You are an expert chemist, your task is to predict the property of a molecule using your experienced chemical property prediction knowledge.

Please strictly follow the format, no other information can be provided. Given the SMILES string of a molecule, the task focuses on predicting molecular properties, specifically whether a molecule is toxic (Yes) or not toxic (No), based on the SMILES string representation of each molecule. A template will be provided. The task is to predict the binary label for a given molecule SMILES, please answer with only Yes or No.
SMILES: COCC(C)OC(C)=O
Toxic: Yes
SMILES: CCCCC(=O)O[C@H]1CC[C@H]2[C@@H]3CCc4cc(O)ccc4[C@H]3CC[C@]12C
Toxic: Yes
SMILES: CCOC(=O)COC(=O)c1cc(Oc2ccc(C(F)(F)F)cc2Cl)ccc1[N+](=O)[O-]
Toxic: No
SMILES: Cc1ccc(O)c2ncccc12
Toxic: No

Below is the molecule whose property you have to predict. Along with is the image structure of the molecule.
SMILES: CCOC(=O)c1ccc(O)c(O)c1
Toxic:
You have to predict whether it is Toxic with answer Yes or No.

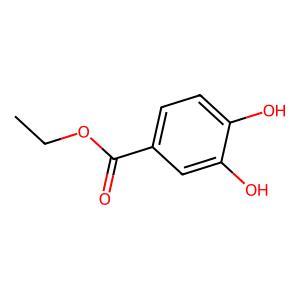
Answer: No